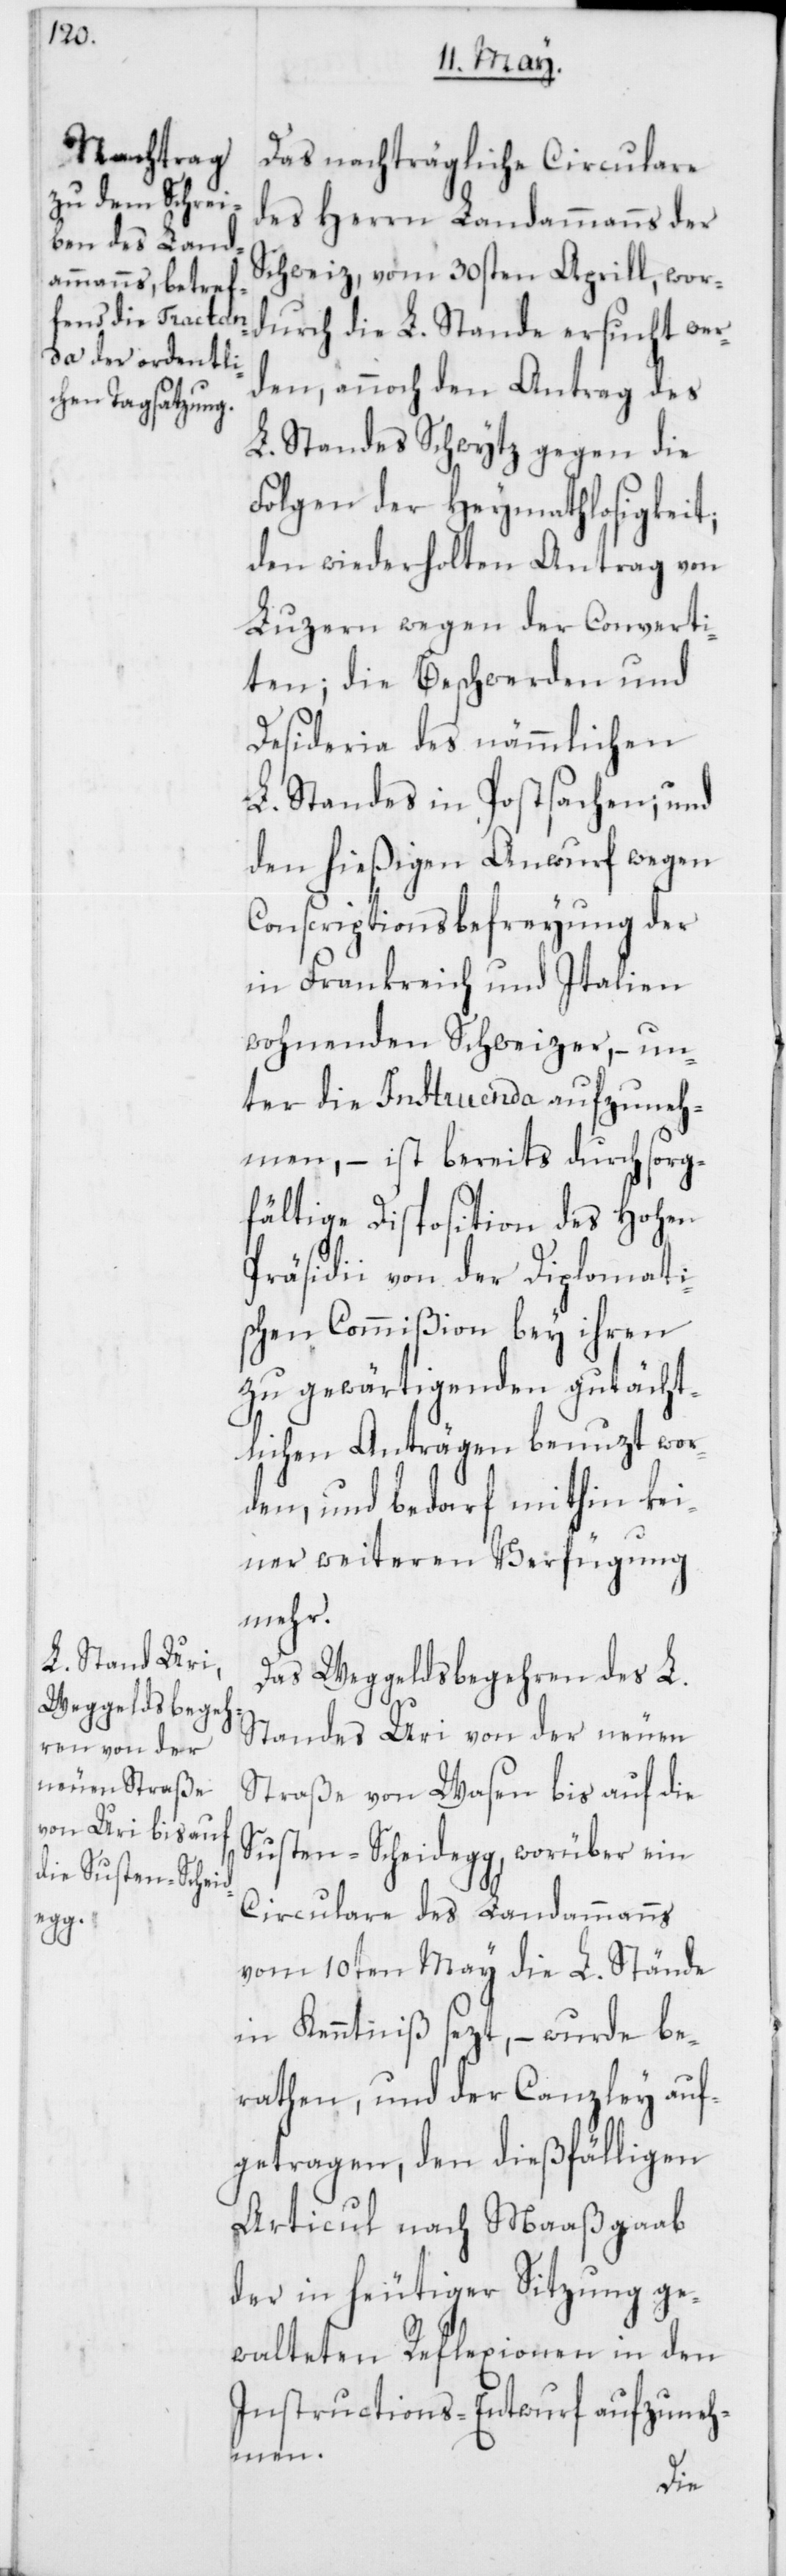
Das nachträgliche Circulare
des Herrn Landammanns der
Schweiz, vom 30sten Aprill, wor¬
durch die L. Stände ersucht wer¬
den, annoch den Antrag des
L. Standes Schwytz gegen die
Folgen der Heymathlosigkeit;
den wiederholten Antrag von
Luzern wegen der Converti¬
ten; die Beschwerden und
Desideria des nämmlichen
L. Standes in Postsachen; und
den hießigen Anwurf wegen
Conscriptionsbefreyung der
in Frankreich und Italien
wohnenden Schweizer, – un¬
ter die Instruenda aufzuneh¬
men, – ist bereits durch sorg¬
fältige Disposition des Hohen
Präsidii von der Diplomati¬
schen Commißion bey ihren
zu gewärtigenden gutächt¬
lichen Anträgen benuzt wor¬
den, und bedarf mithin kei¬
ner weiteren Verfügung
mehr.
Das Weggeldsbegehren des L.
Standes Uri von der neuen
Straße von Waßen bis auf die
Susten-Scheidegg, worüber ein
Circulare des Landammanns
vom 10ten May die L. Stände
in Kenntniß sezt, – wurde be¬
rathen, und der Canzley auf¬
getragen, den dießfälligen
Articul nach Maaßgaab
der in heutiger Sitzung ge¬
walteten Reflexionen in den
Instructions-Entwurf aufzuneh¬
men.